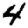
Digit: 4